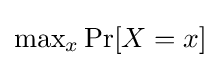
{\textstyle \max _{x}\Pr[X=x]}